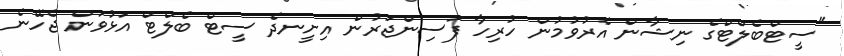
"ސީޓްބެލްޓްގެ ނިޝާން އެރުވުމުން ހުރިހާ ފަސިންޖަރުން އިށީނދެ ސީޓް ބެލްޓް އަޅުވަން ޖެހޭނެ